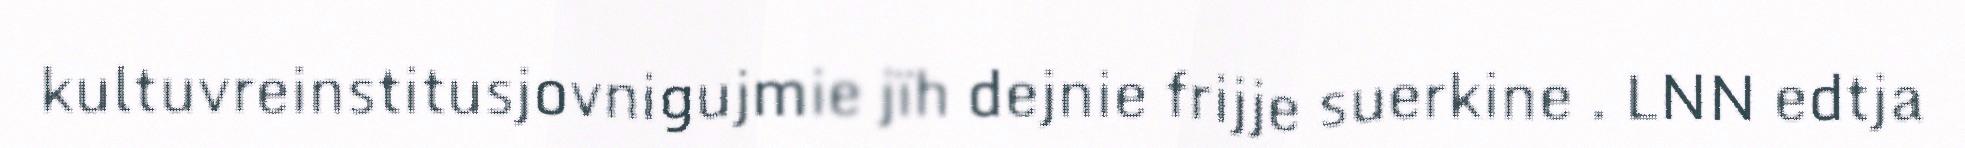
kultuvreinstitusjovnigujmie jïh dejnie frijje suerkine . LNN edtja